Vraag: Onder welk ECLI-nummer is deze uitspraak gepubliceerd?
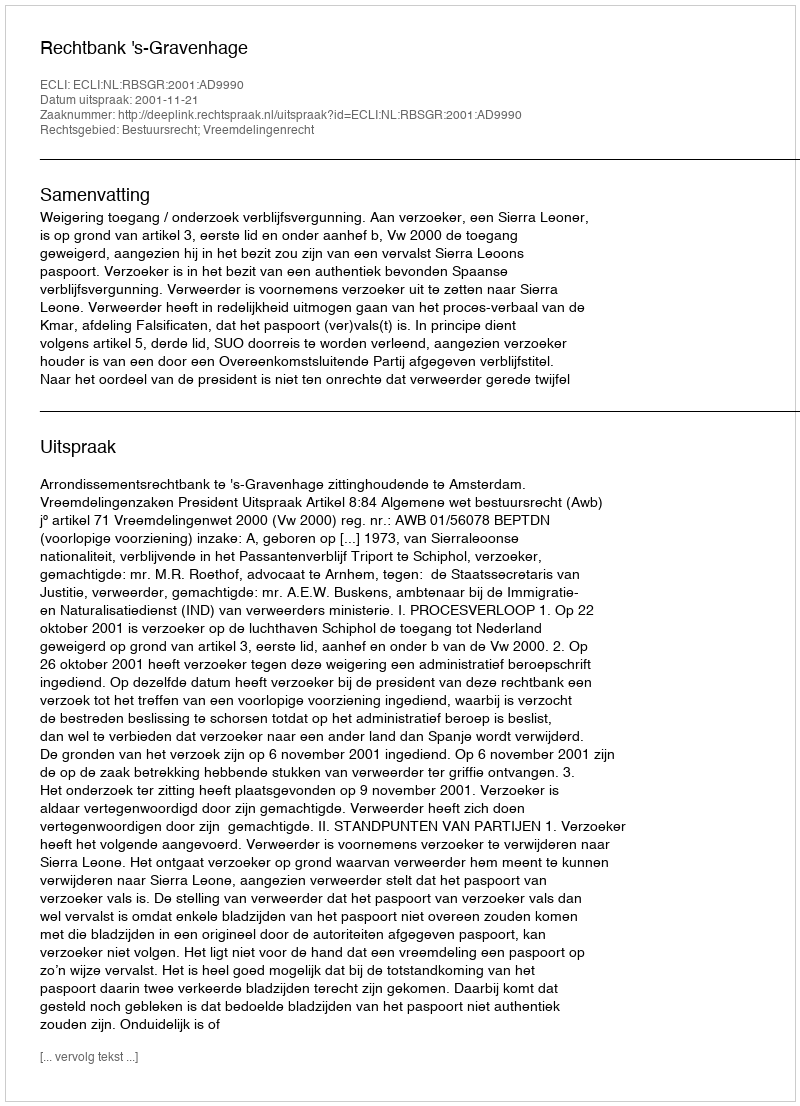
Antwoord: ECLI:NL:RBSGR:2001:AD9990